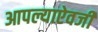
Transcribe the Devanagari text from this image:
आपल्याऐवजी